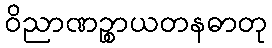
ဝိညာဏဉ္စာယတနဓာတု